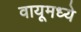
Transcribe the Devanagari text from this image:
वायूमध्ये